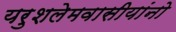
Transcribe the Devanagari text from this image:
यरुशलेमवासीयांनो